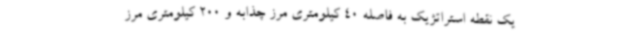
یک نقطه استراتژیک به فاصله 40 کیلومتری مرز چذابه و 200 کیلومتری مرز